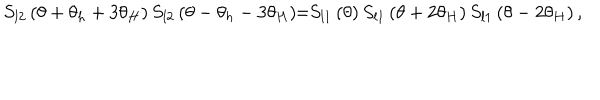
S _ { l 2 } \left( \theta + \theta _ { h } + 3 \theta _ { H } \right) S _ { l 2 } \left( \theta - \theta _ { h } - 3 \theta _ { H } \right) \! \! = \! \! S _ { l 1 } \left( \theta \right) S _ { l 1 } \left( \theta + 2 \theta _ { H } \right) S _ { l 1 } \left( \theta - 2 \theta _ { H } \right) ,